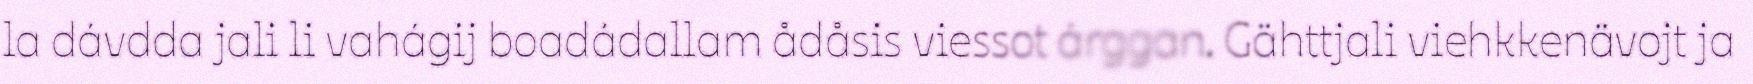
la dávdda jali li vahágij boadádallam ådåsis viessot árggan. Gähttjali viehkkenävojt ja